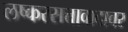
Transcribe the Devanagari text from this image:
लष्करसत्तावादावर